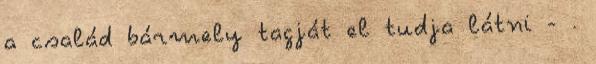
a család bármely tagját el tudja látni - .